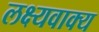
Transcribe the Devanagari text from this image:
लक्ष्यवाक्य